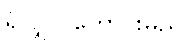
ရှိလျှင် ကောင်းမည်။